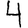
Digit: 4